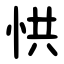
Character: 㤨